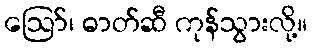
ဪ၊ ဓာတ်ဆီ ကုန်သွားလို့။